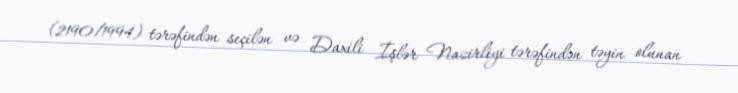
(2190/1994) tərəfindən seçilən və Daxili İşlər Nazirliyi tərəfindən təyin olunan